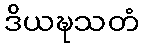
ဒိယဍ္ဎသတံ